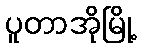
ပူတာအိုမြို့